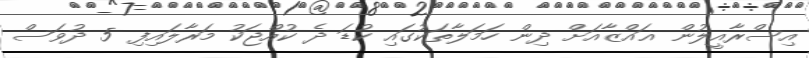
އިސްރާއީލުން ޣައްޒާއަށް ދިން ހަމަލާތަކުގައި ކުޑަ ދެ ކުއްޖަކު މަރާލައިފި 5 ދުވަސް